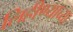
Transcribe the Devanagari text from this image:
लिहीण्याच्या